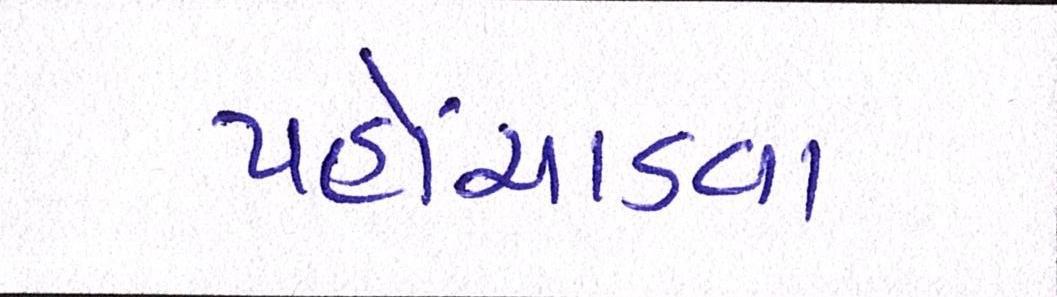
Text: પહોંચાડવા